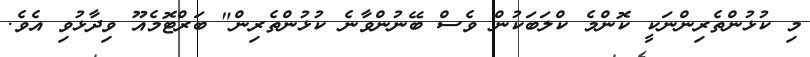
މި ކުޅުންތެރިންނަކީ ކޮންމެ ކްލަބަކުން ވެސް ބޭނުންވާނެ ކުޅުންތެރިން" ބަރްޓޮމެއޫ ވިދާޅުވި އެވެ.